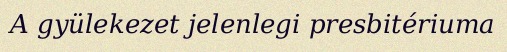
A gyülekezet jelenlegi presbitériuma